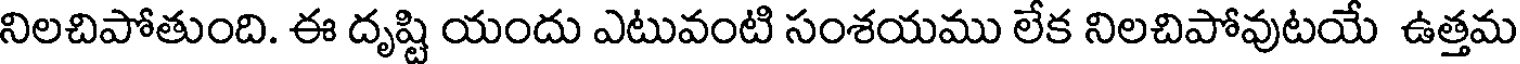
నిలచిపోతుంది. ఈ దృష్టి యందు ఎటువంటి సంశయము లేక నిలచిపోవుటయే ఉత్తమ